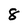
Character: 8